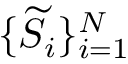
\{ \widetilde { S } _ { i } \} _ { i = 1 } ^ { N }